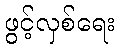
ဖွင့်လှစ်ရေး